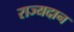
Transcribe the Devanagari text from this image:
राज्यदान